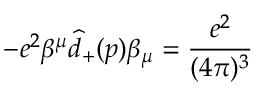
- e ^ { 2 } \beta ^ { \mu } \widehat { d } _ { + } ( p ) \beta _ { \mu } = \frac { e ^ { 2 } } { ( 4 \pi ) ^ { 3 } }